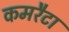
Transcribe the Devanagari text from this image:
कमरैटा